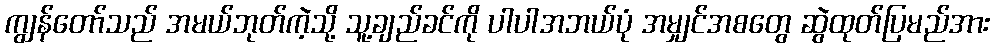
ကျွန်တော်သည် အမယ်ဘုတ်ကဲ့သို့ သူ့ချည်ခင်ကို ပါပါအဘယ်ပုံ အမျှင်အစတွေ ဆွဲထုတ်ပြမည်အား